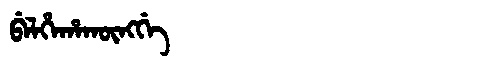
Manchu: ᠪᡝᠯᡥᡝᡥᠠᡴᡡᠩᡤᡝ
Romanization: BELHEHAKŪNGGE